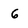
Character: 6